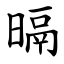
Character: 㬏